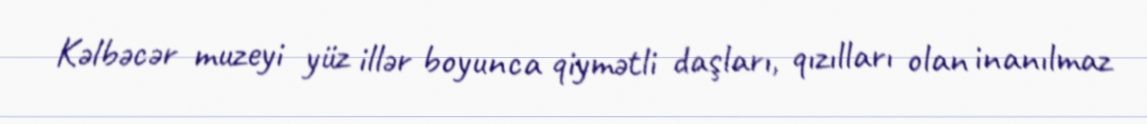
Kəlbəcər muzeyi yüz illər boyunca qiymətli daşları, qızılları olan inanılmaz